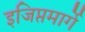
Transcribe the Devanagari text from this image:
इजिप्तमार्गे